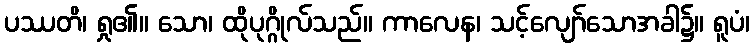
ပဿတိ၊ ရှု၏။ သော၊ ထိုပုဂ္ဂိုလ်သည်။ ကာလေန၊ သင့်လျော်သောအခါ၌။ ရူပံ၊